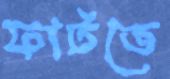
ফাটতে